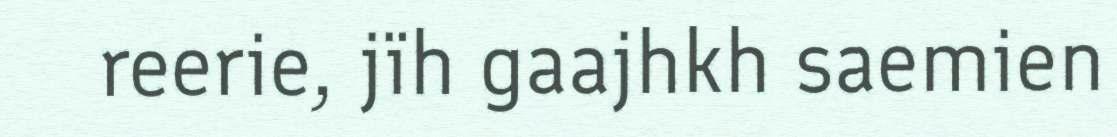
reerie, jïh gaajhkh saemien